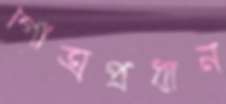
গোত্রপ্রধান